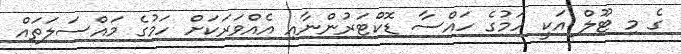
ގެ މި ޓޫލް އަކީ ހަމުގެ ހައްސާ ޑޮކްޓަރުންނާއި އެއްވަރަކަށް ހަމުގެ މައްސަލަތައް